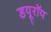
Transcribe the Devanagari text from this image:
डयूरॉय